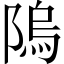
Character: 隖